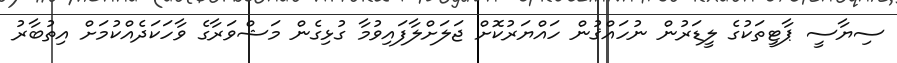
ސިޔާސީ ޕާޓީތަކުގެ ލީޑަރުން ނުހައްޤުން ހައްޔަރުކޮށް ޖަލަށްލާފައިވުމާ ގުޅިގެން މަޝްވަރާގެ ވާހަކަދެއްކުމަށް އިތުބާރު